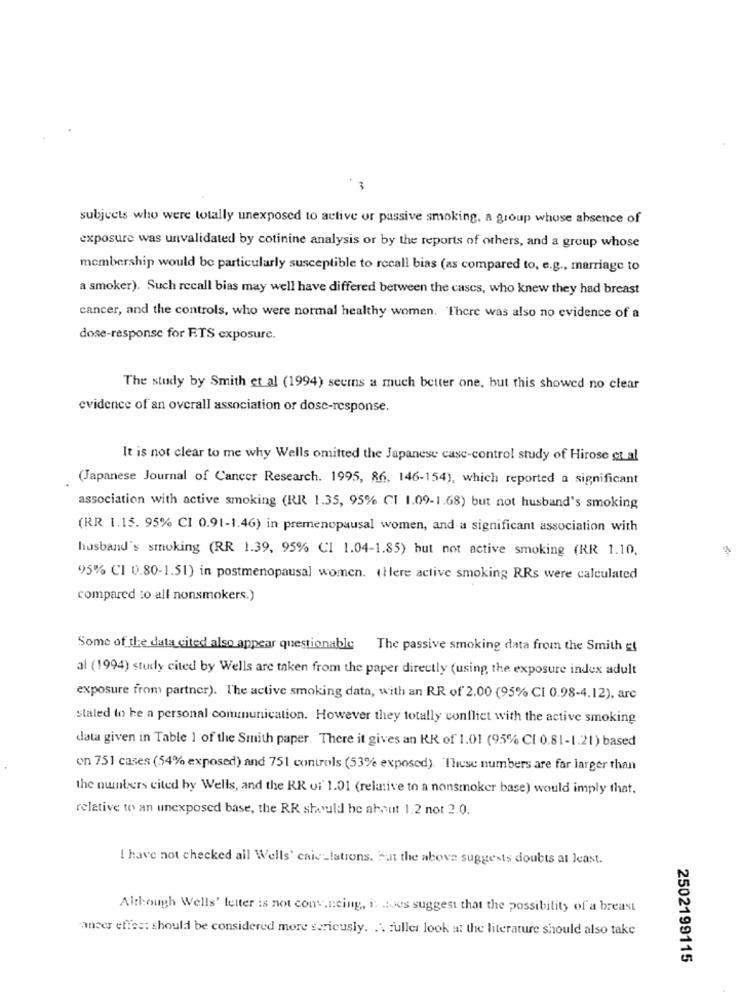
subjects who were totally unexposed to active or passive smoking, a group whose absence of
exposure was unvalidated by cotinine analysis or by the reports of others, and a group whose
membership would be particularly susceptible to recall bias (as compared to, e.g ., marriage to
a smoker). Such recall bias may well have differed between the cascs, who knew they had breast
cancer, and the controls, who were normal healthy women. There was also no evidence of a
dose-response for ETS exposure.
The study by Smith et al (1994) seems a much better one, but this showed no clear
evidence of an overall association or dose-response.
It is not clear to me why Wells omitted the Japanese case-control study of Hirose et al
(Japanese Journal of Cancer Research. 1995, 86, 146-154), which reported a significant
association with active smoking (RR 1.35, 95% CI 1.09-1.68) but not husband's smoking
(RR 1.15. 95% CI 0.91-1.46) in premenopausal women, and a significant association with
husband's smoking (RR 1.39, 95% CI 1.04-1.85) but not active smoking (RR 1.10.
95% CI 0.80-1.51) in postmenopausal women. (Here active smoking RRs were calculated
compared to all nonsmokers.)
Some of the data cited also appear questionable The passive smoking data from the Smith el
al (1994) study cited by Wells are taken from the paper directly (using, the exposure index adult
exposure from partner). The active smoking data, with an RR of 2.00 (95% CI 0.98-4.12), are
stated to he a personal communication. However they totally conflict with the active smoking
data given in Table 1 of the Smith paper. There it gives an KR of 1.01 (95% CI 0.81-1.21) based
on 751 cases (54% exposed) and 751 controls (53% exposed). These numbers are far larger than
the numbers cited by Wells, and the RR of 1.01 (relative to a nonsmoker base) would imply that.
relative to an unexposed base, the RR should be about 1.2 not 2.0.
I have not checked all Wells' caic-lations. "at the above suggests doubts at least.
Although Wells' letter is not convincing, i: does suggest that the possibility of a breast
anser effec: should be considered more seriously. .. fuller look at the literature should also take
2502199115